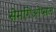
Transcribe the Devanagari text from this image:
सेमगिओप्सल